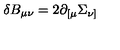
\delta B _ { \mu \nu } = 2 \partial _ { [ \mu } \Sigma _ { \nu ] } \,